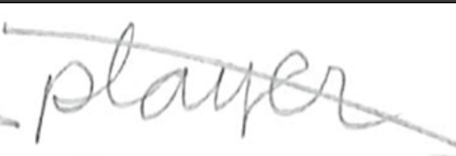
Text: player
Cross-out: diagonal
Writing tool: pencil